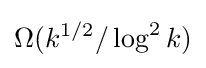
\Omega (k^{1/2}/\log ^{2}k)